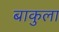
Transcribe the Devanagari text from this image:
बाकुला